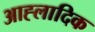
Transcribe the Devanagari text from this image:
आह्लादिक